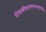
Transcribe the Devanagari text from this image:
दोलाक्रीडाकलानन्दथुपरवनिता